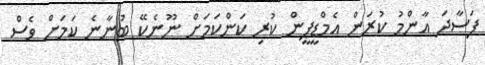
ފަސާދަ އާންމު ކުރަން އެމްޑީޕީން ކުރި ކަންކަމަށް ނޫނެކޭ ބުނާނެ ކަމަށް ވެސް